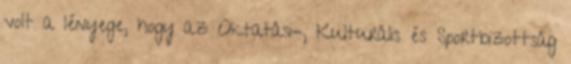
volt a lényege, hogy az Oktatási-, Kulturális és Sportbizottság